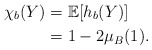
\begin{align*}\chi_b(Y)& = \mathbb{E}[h_b(Y)]\\& = 1 - 2 \mu_B(1).\end{align*}